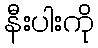
နီးပါးကို